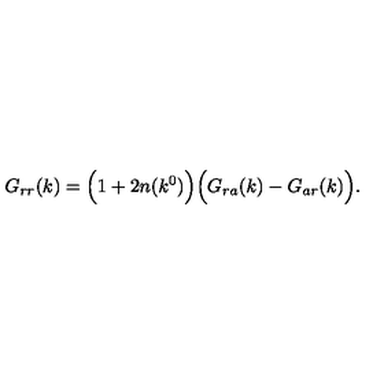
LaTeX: G _ { r r } ( k ) = \Bigl ( 1 + 2 n ( k ^ { 0 } ) \Bigr ) \Bigl ( G _ { r a } ( k ) - G _ { a r } ( k ) \Bigr ) .